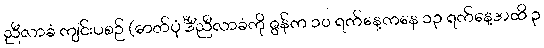
ညီလာခံ ကျင်းပစဉ် (ဓာတ်ပုံ င်္ဒီညီလာခံကို ဇွန်က ၁၀ ရက်နေ့ကနေ ၁၃ ရက်နေ့အထိ ၃